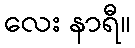
လေး နာရီ။